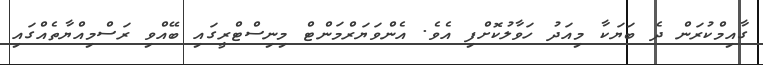
ގާއިމްކުރަން ދެ ބަޔަކާ މިއަދު ހަވާލުކޮށްފި އެވެ. އެންވަޔަރްމަންޓް މިނިސްޓްރީގައި ބޭއްވި ރަސްމިއްޔާތެއްގައި